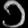
Digit: ၁